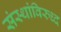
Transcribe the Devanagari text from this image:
संस्थांविरुध्द